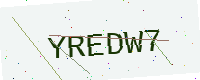
Text: YREDW7